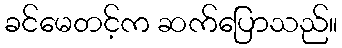
ခင်မေတင့်က ဆက်ပြောသည်။